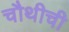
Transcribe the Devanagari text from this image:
चौथीची